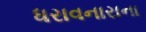
ધરાવનારાના